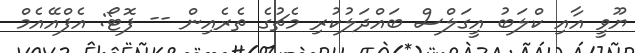
ޔޫވީ އާއި ކްލަބު އީގަލްސް ބައްދަލުކުރި މެޗުގެ ތެރެއިން -- ފޮޓޯ: އެފްއޭއެމް